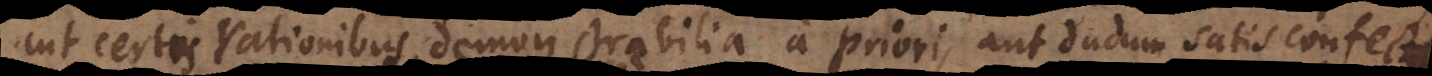
aut certis rationibus demonstrabilia a priori, aut dudum satis confecta